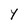
Character: Y